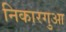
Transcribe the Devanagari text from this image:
निकारगुआ